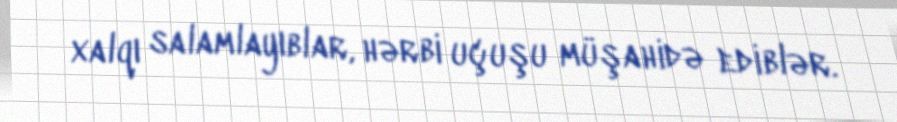
xalqı salamlayıblar, hərbi uçuşu müşahidə ediblər.